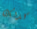
كذلك